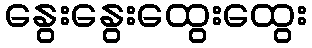
နွေးနွေးထွေးထွေး